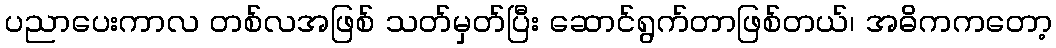
ပညာပေးကာလ တစ်လအဖြစ် သတ်မှတ်ပြီး ဆောင်ရွက်တာဖြစ်တယ်၊ အဓိကကတော့